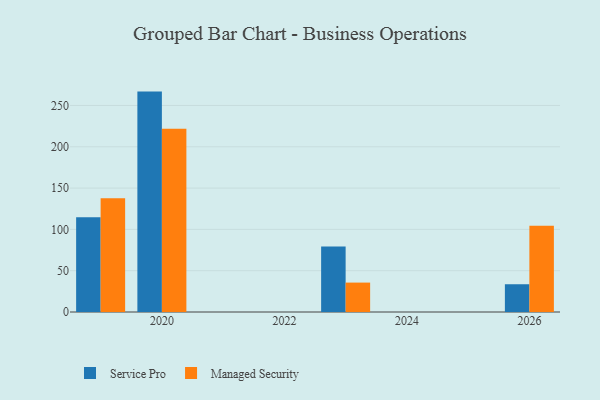
{"axis": {"x": "Year", "y": "Waste Production (Tons)"}, "legend": ["Managed Security", "Service Pro"], "data": [{"x": "2023", "y": 79.3, "type": "Service Pro"}, {"x": "2023", "y": 35.6, "type": "Managed Security"}, {"x": "2026", "y": 33.6, "type": "Service Pro"}, {"x": "2026", "y": 104.5, "type": "Managed Security"}, {"x": "2019", "y": 114.8, "type": "Service Pro"}, {"x": "2019", "y": 137.6, "type": "Managed Security"}, {"x": "2020", "y": 266.8, "type": "Service Pro"}, {"x": "2020", "y": 221.9, "type": "Managed Security"}]}